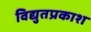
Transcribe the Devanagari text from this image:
विद्युतप्रकाश